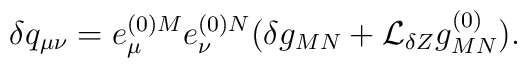
\delta q_{\mu\nu} = e^{(0)M}_{\mu}e^{(0)N}_{\nu}	(\delta g_{MN} + {\cal L}_{\delta Z}g^{(0)}_{MN}).